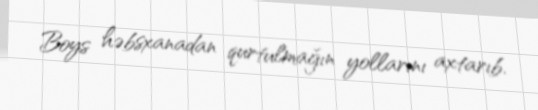
Boys həbsxanadan qurtulmağın yollarını axtarıb.